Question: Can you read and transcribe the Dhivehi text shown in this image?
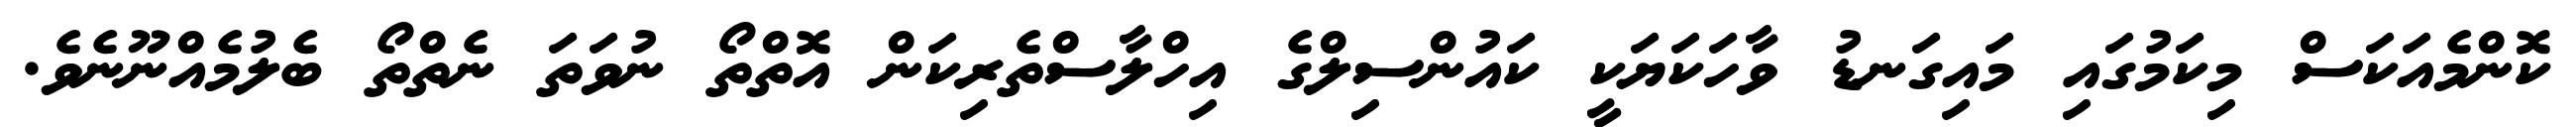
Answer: ކޮންމެއަކަސް މިކަމުގައި މައިގަނޑު ވާހަކަޔަކީ ކައުންސިލްގެ އިހްލާސްތެރިކަން އޮތްތޯ ނުވަތަ ނެތްތޯ ބެލުމެއްނޫނެވެ.